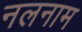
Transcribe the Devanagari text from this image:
नलनाम